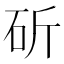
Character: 斫